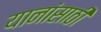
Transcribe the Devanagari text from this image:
यानांसाठी